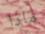
ماذا